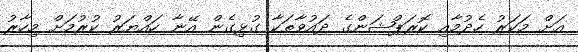
އަށް މަކަރު ހެދުމާއި ކޮރަޕްޝަންގެ ދައުވާތަކާ ގުޅިގެން އޭނާ ހައްޔަރު ކުރުމަށް މިހާރު